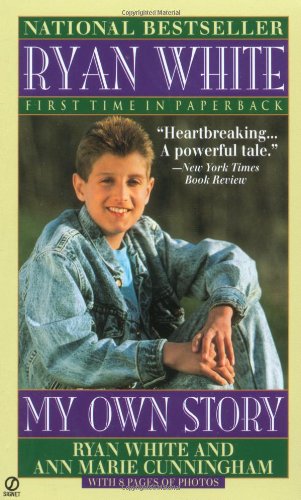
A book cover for Ryan White: My Own Story (Signet); Ryan White; Biographies & Memoirs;